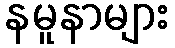
နမူနာများ